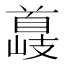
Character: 𮩣